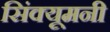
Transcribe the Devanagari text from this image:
सिंक्यूमनी